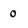
Character: 0